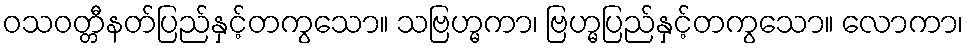
ဝသဝတ္တီနတ်ပြည်နှင့်တကွသော။ သဗြဟ္မကာ၊ ဗြဟ္မပြည်နှင့်တကွသော။ လောကာ၊